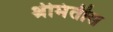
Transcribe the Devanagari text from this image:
श्रीमंतीस